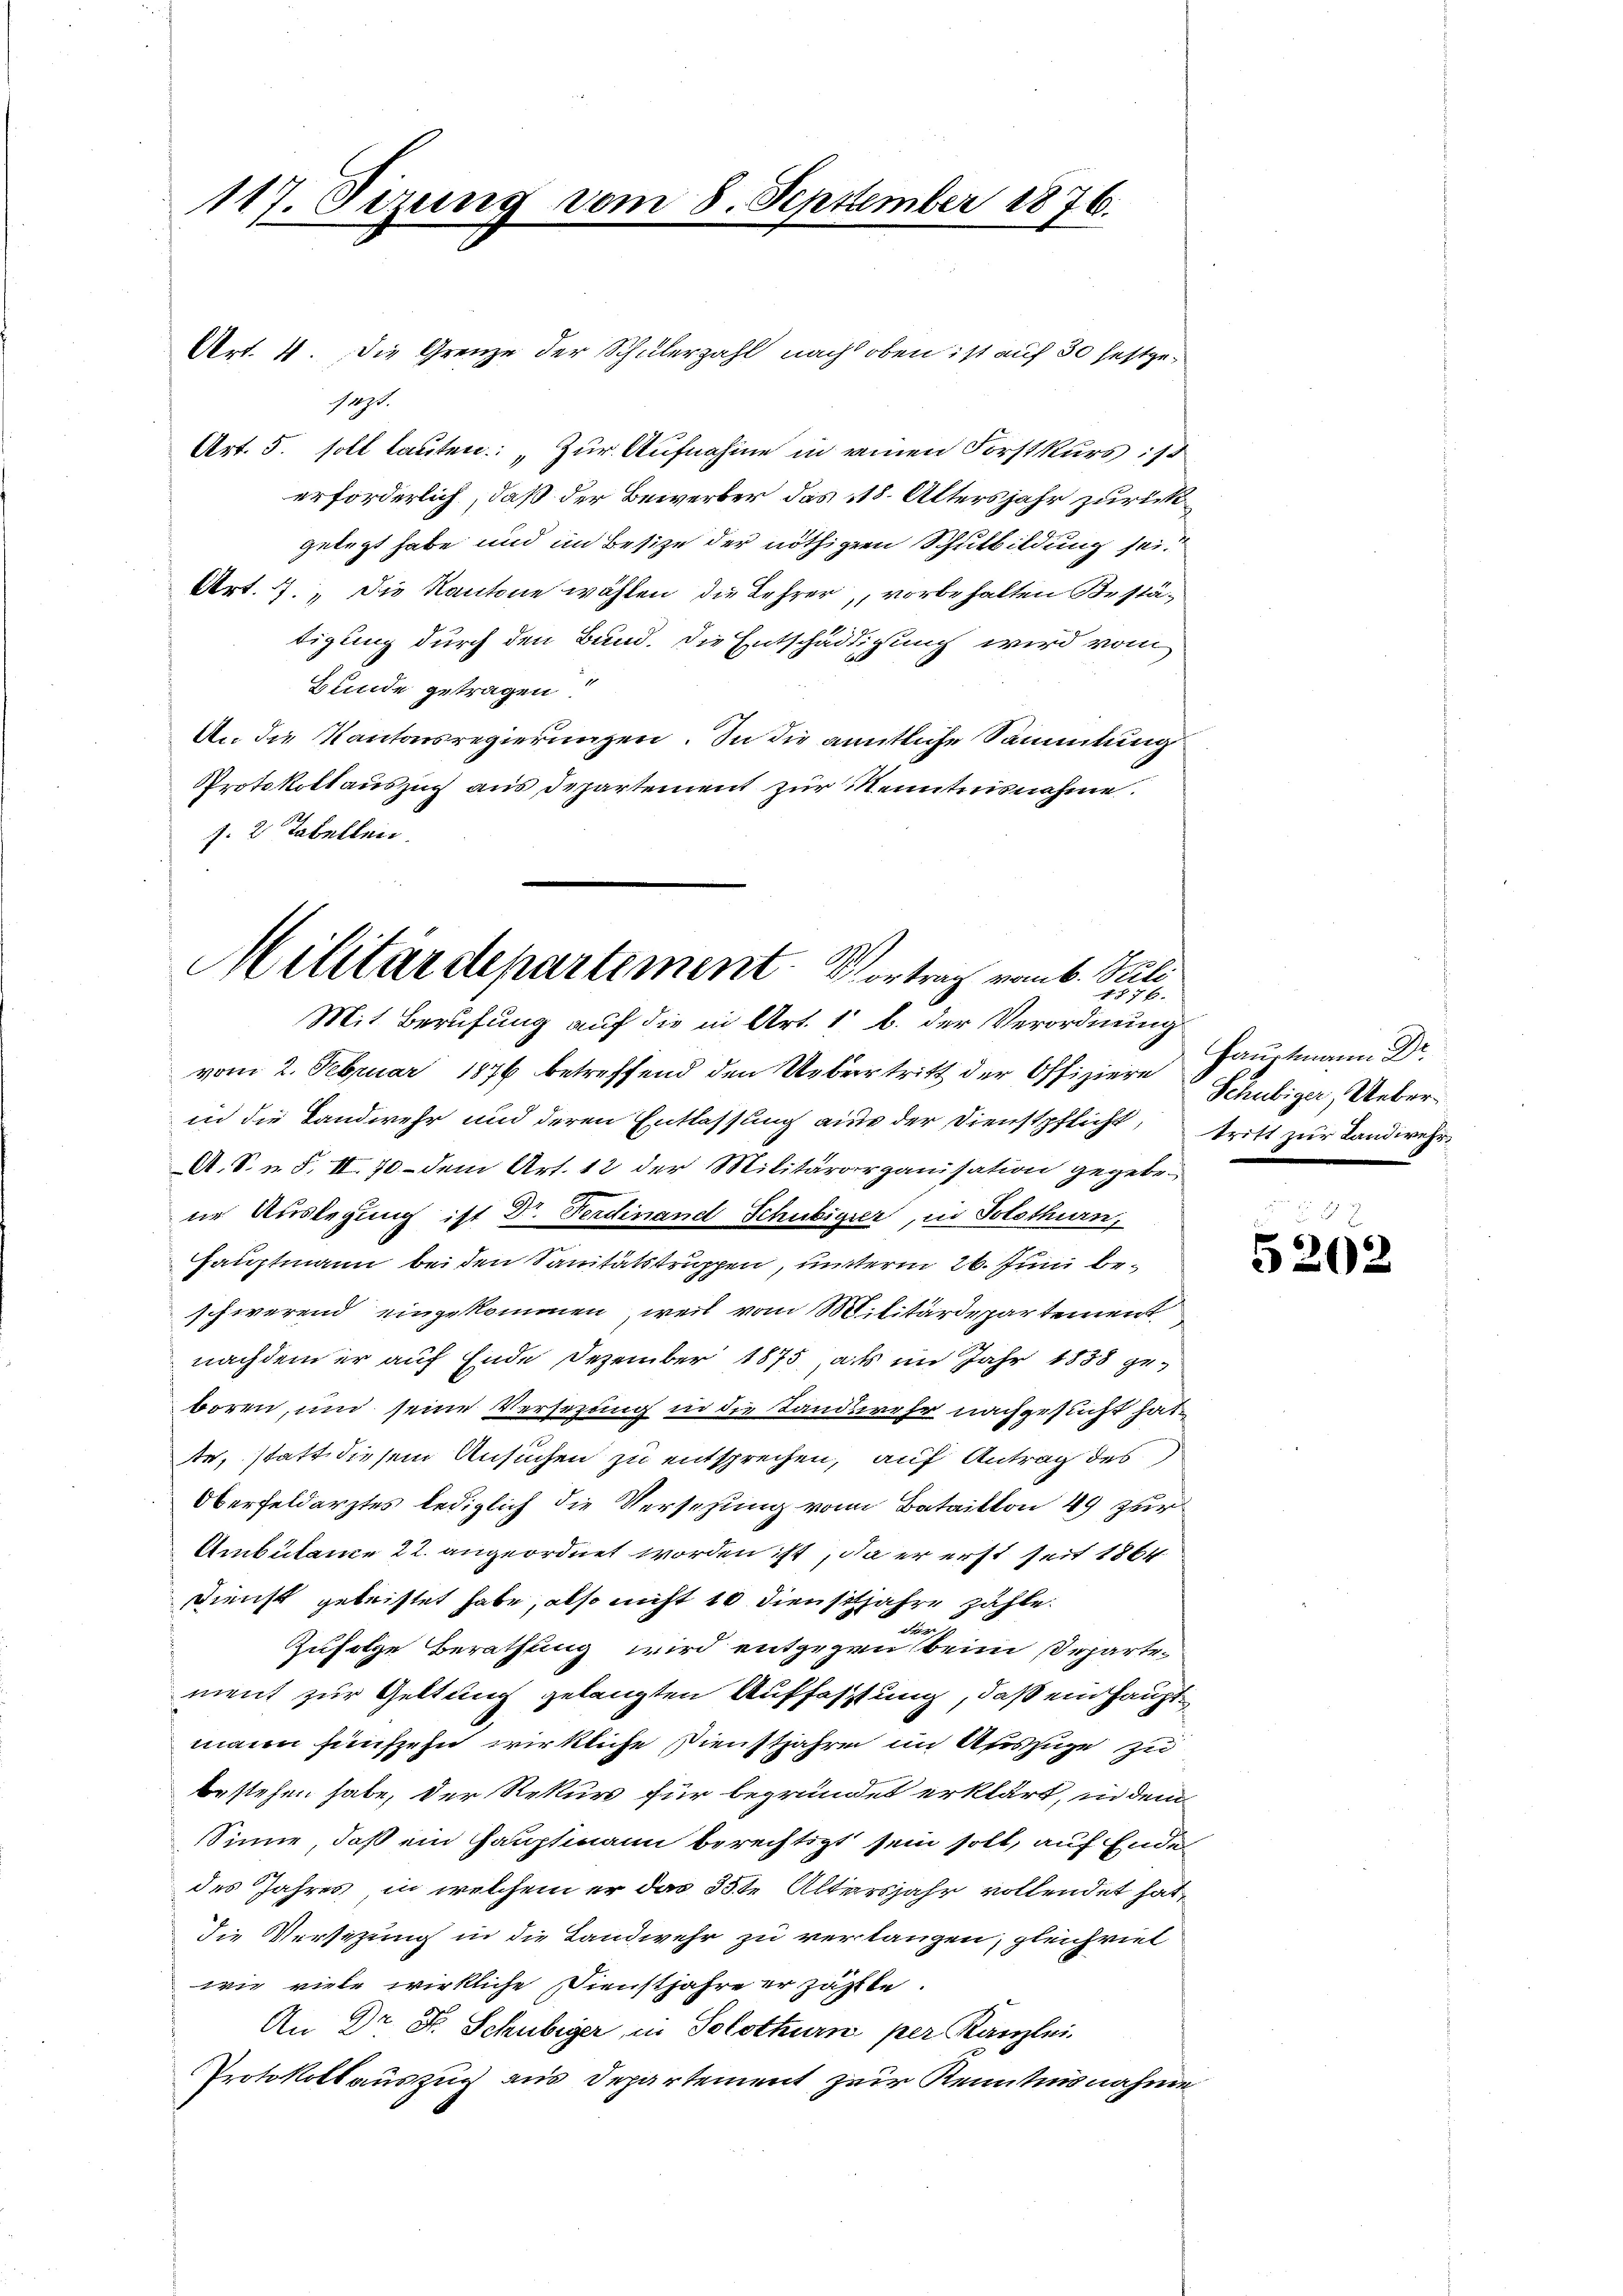
117. Sizung vom 8. September 1876.

Art. 4. Die Grenze der Schülerzahl nach oben ist auf 30 festgeragt.
Art. 5. soll lauten: „Zur Aufnahme in einen Forstkurs: 1
erforderlich, daß der Bewerber das 118. Altersjahr zurückgelegt habe und im Besize der nöthigen Schulbildung sei
Art. 7. Die Kantone wählen die Lehrer, vorbehalten Bestätigung durch den Bund. Die Entschädigung wird vom
Bunde getragen.
An die Kantonsregierungen. In die amtliche Sammlung
Protokollauszug aus Departement zur Kenntnisnahme.
J. 2 Tabellen.

Militärdepartement. Vortrag vom 6. Mili
1876.
Mit Berufung auf die in Art. 1 b. der Verordnung

vom 2. Februar 1876 betreffend den Uebertritt der Offiziere Schubiger, Ueberin die Landwehr und deren Entlassung ains der Dienstpflicht,
A. S. u. S. II. 70. - dem Art. 12 der Militärorganisation gegebene Auslegung ist Dr. Ferdinand Schubiger, in Solothurn,
Hauptmann bei den Sanitätstruppen, unterm 26. Juni beschwerend eingekommen, weil vom Militärdepartement
nachdem er auf Ende Dezember 1875, als im Jahr 1838 geboren, und seine Versezung in die Landswehr nachgesucht hatte, statt diesem Ansuchen zu entsprechen, auf Antrag des
Oberfeldarztes lediglich die Versezung von Bataillon 49 zur
Ambulance 22. angeordnet worden ist, da er erst seit 1864
Dienst geleistet habe, also nicht 10 dienstjahre zähle.
a S
Zufolge Berathung wird entgegen beim Departement zur Geltung gelangten Auffassung, daß ein Hauptmann fünfzehn wirkliche Dienstjahre im Auszüge zu
bestehen habe, der Rekur für begründet erklärt, in dem
Sinne, daß ein Hauptmann berechtigt sein soll, auf Ende
des Jahres, in welchem er das 35te Altersjahr vollendet hat,
die Versitzung in die Landwehr zu verlangen, gleichviel
wie viele wirkliche Dienstjahre er zählte.
An Dr. F. Schubiger, in Solothurn per Kanzlei
Protokollauszug aus Departement zur Kenntnisnahme

Hauptmann Dr.
tritt zur Landwehr

8 x
5202